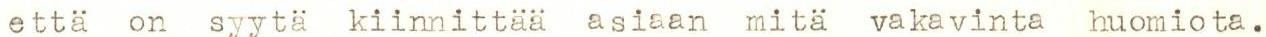
että on syytä kiinnittää asiaan mitä vakavinta huomiota.